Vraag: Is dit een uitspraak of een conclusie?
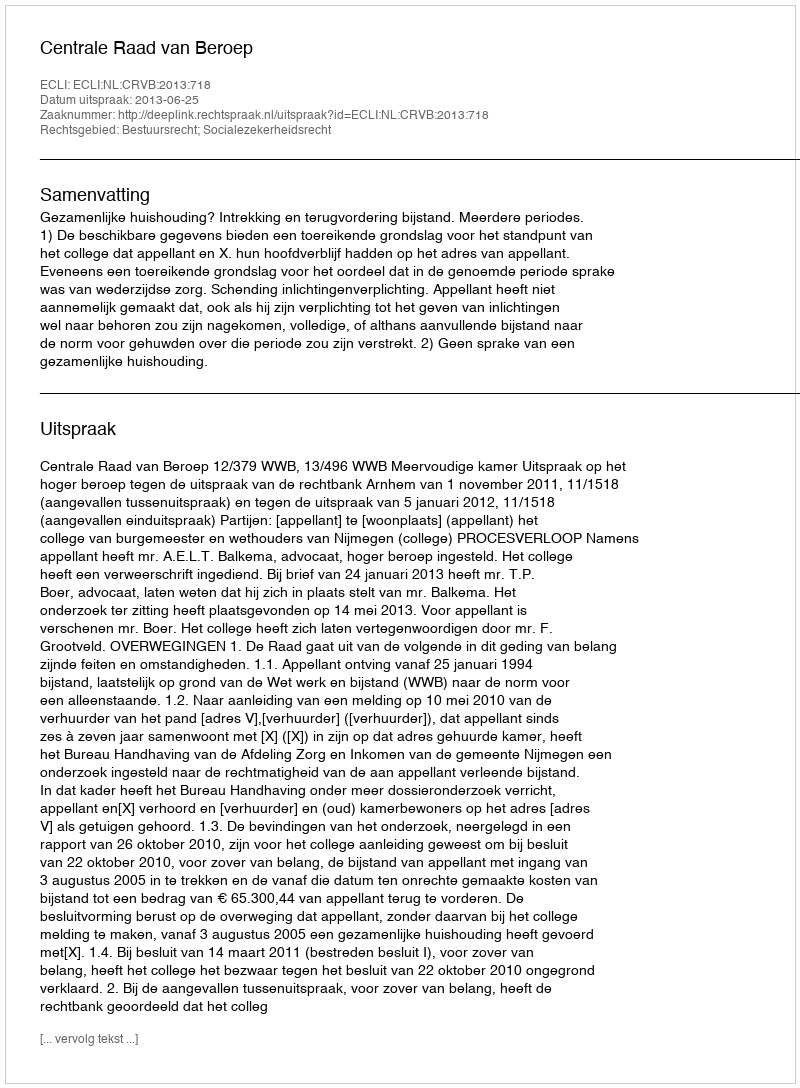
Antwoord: Uitspraak